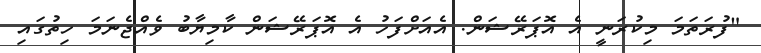
"ފުރަތަމަ މިކުރަނީ އެ އޮޕަރޭޝަން. އެއަށްފަހު އެ އޮޕަރޭޝަން ކާމިޔާބު ވެއްޖެނަމަ ހިތުގައި